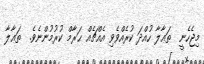
މިޖެހެނީ  ތަޢާލާ ހުއްދަ ކުރެއްވެވި އެއްޗެއް ޙަރާމް ކުރުމުންނެވެ.  ތަޢާލާ